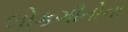
લોકગીતોના